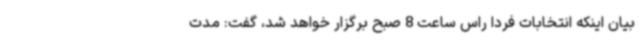
بیان اینکه انتخابات فردا راس ساعت 8 صبح برگزار خواهد شد، گفت: مدت